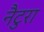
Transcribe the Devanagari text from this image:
नैटुरा